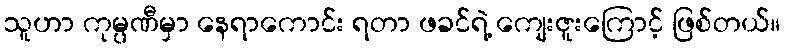
သူဟာ ကုမ္ပဏီမှာ နေရာကောင်း ရတာ ဖခင်ရဲ့ ကျေးဇူးကြောင့် ဖြစ်တယ်။